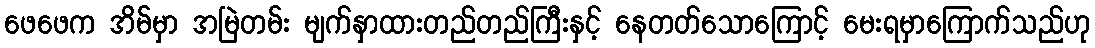
ဖေဖေက အိမ်မှာ အမြဲတမ်း မျက်နှာထားတည်တည်ကြီးနှင့် နေတတ်သောကြောင့် မေးရမှာကြောက်သည်ဟု